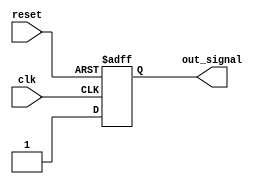
module assign_statement(
    input wire clk,
    input wire reset,
    output reg out_signal
);

always @(posedge clk or posedge reset) begin
    if (reset) begin
        out_signal <= 0;
    end else begin
        out_signal <= 1;
    end
end

endmodule